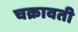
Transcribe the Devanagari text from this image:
चक्रावती